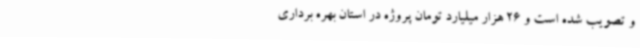
و تصویب شده است و 26 هزار میلیارد تومان پروژه در استان بهره برداری